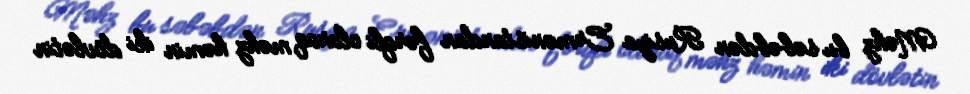
Məhz bu səbəbdən Rusiya Ermənistandan fərqli olaraq məhz həmin iki dövlətin